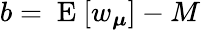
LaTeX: b=\mathrm{~E~}[w_{\boldsymbol{\mu}}]-M